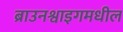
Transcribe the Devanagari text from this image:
ब्राउनश्वाइगमधील